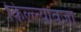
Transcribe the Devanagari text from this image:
किल्ल्यावजा